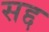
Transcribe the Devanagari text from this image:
सद्द